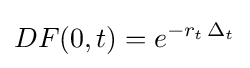
DF(0,t)=e^{-r_{t}\,\Delta _{t}}